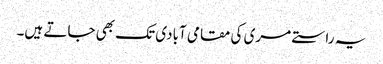
یہ راستے مری کی مقامی آبادی تک بھی جاتے ہیں۔